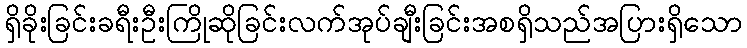
ရှိခိုးခြင်းခရီးဦးကြိုဆိုခြင်းလက်အုပ်ချီးခြင်းအစရှိသည်အပြားရှိသော